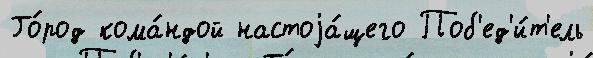
Го́род кома́ндой настоjа́щего Поб'ед'и́т'ель